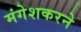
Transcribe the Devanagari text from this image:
मंगेशकरने